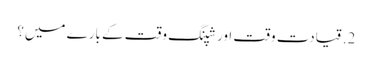
2. قیادت وقت اور شپنگ وقت کے بارے میں؟